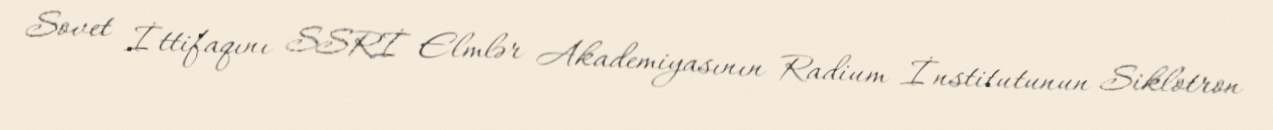
Sovet İttifaqını SSRİ Elmlər Akademiyasının Radium İnstitutunun Siklotron